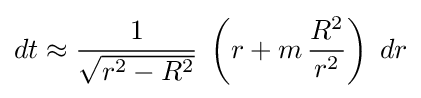
dt\approx {\frac {1}{\sqrt {r^{2}-R^{2}}}}\;\left(r+m\,{\frac {R^{2}}{r^{2}}}\right)\;dr